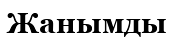
Жанымды